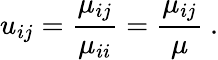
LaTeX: u_{ij}=\frac{\mu_{ij}}{\mu_{ii}}=\frac{\mu_{ij}}{\mu}\ .